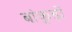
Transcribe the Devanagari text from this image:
बांकुड़ों